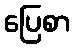
ပြေစာ